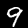
Digit: 9